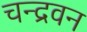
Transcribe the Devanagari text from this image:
चन्द्रवन